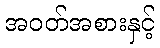
အဝတ်အစားနှင့်